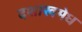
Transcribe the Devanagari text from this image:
दशाखमेध